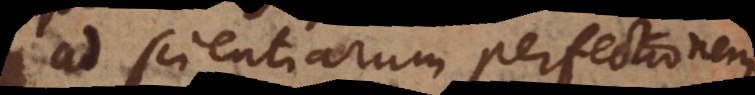
ad scientiarum perfectionem